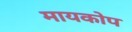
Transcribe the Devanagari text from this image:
मायकोप